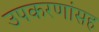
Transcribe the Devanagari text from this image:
उपकरणांसह